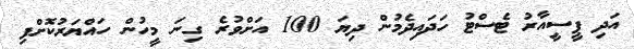
އަދި ޕީސީއާރު ޓެސްޓު ހަދައިދެމުން ދިޔަ 100 އަށްވުރެ ގިނަ މީހުން ހައްޔަރުކޮށްފި